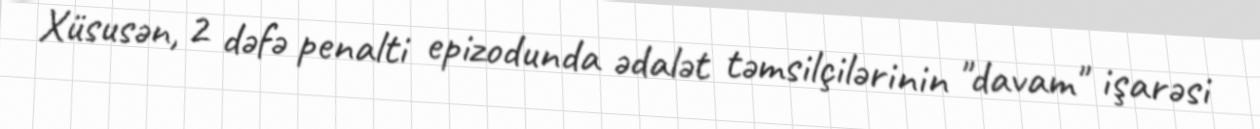
Xüsusən, 2 dəfə penalti epizodunda ədalət təmsilçilərinin "davam" işarəsi